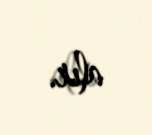
alır.